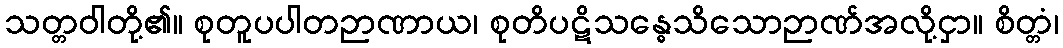
သတ္တဝါတို့၏။ စုတူပပါတဉာဏာယ၊ စုတိပဋိသန္ဓေသိသောဉာဏ်အလို့ငှာ။ စိတ္တံ၊